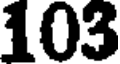
103